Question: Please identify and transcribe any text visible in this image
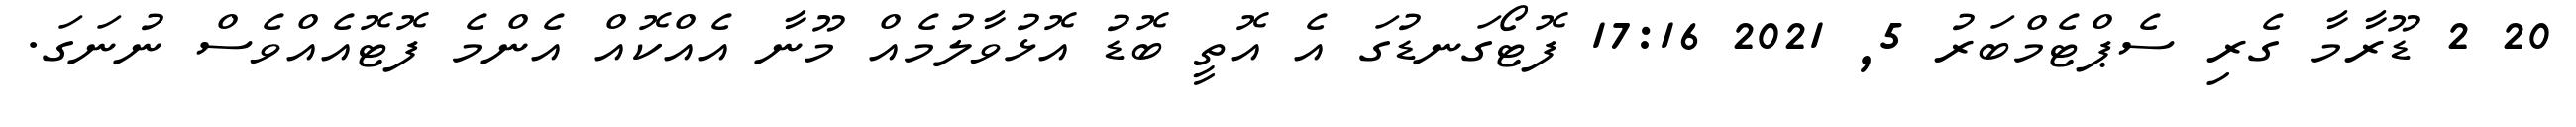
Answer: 20 2 ޑޫރާމާ ގެރި ސެޕްޓެމްބަރު 5, 2021 17:16 ފޮޓޯގަނޑުގަ އެ އޮތީ ބޮޑު އޮޅުވާލުމެއް މޫނާ އެއްކޮއް އެންމެ ފޮޓޮއެއްވެސް ނުނަގަ.